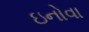
ઇનોવા